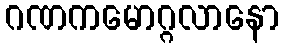
ဂဏကမောဂ္ဂလာနော